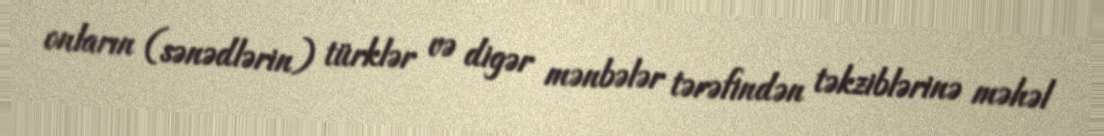
onların (sənədlərin) türklər və digər mənbələr tərəfindən təkziblərinə məhəl